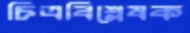
চিত্রবিশ্লেষক